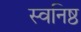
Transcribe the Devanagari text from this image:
स्वनिष्ठ